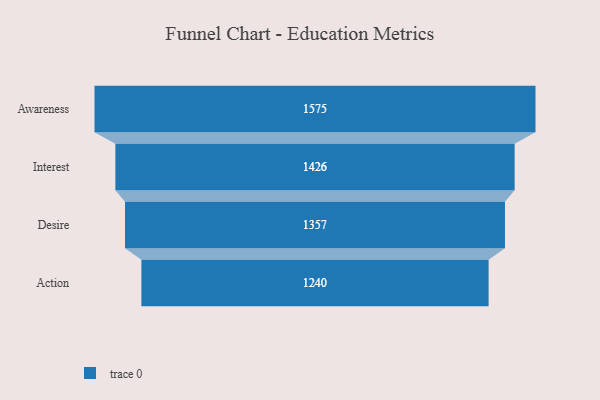
{"axis": {"x": "Stage", "y": "Value"}, "legend": [""], "data": [{"x": "Awareness", "y": 1575.0, "type": ""}, {"x": "Interest", "y": 1426.0, "type": ""}, {"x": "Desire", "y": 1357.0, "type": ""}, {"x": "Action", "y": 1240.0, "type": ""}]}